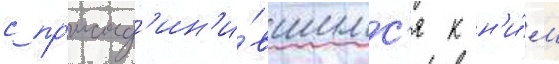
с пр'исоед'ин'и́вшимс'я к н'и́м